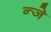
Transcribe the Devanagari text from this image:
न्जे